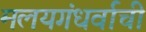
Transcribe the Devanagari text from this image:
मलयगंधर्वाची